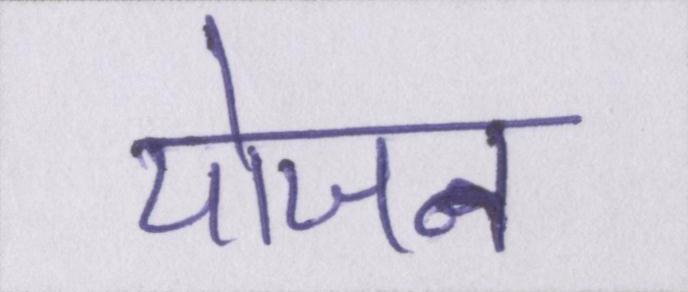
योजन